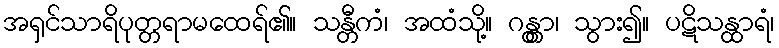
အရှင်သာရိပုတ္တရာမထေရ်၏။ သန္တီကံ၊ အထံသို့။ ဂန္တွာ၊ သွား၍။ ပဋိသန္ထာရံ၊